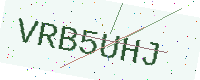
Text: VRB5UHJ